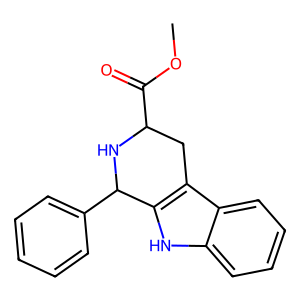
SMILES: COC(=O)C1Cc2c([nH]c3ccccc23)C(c2ccccc2)N1
Inhibits HIV replication: No